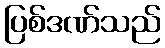
ပြစ်ဒဏ်သည်